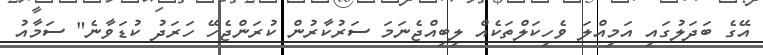
އޭގެ ބަދަލުގައި އަމިއްލަ ވެހިކަލްތަކެއް ލިބިއްޖެނަމަ ސަރުކާރުން ކުރަންޖެހޭ ހަރަދު ކުޑަވާނެ" ސަމާއު